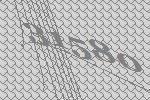
31580